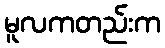
မူလကတည်းက